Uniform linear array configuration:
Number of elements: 48
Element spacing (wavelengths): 1
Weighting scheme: binomial
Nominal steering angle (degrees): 30
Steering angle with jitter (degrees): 31.059
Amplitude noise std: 0.05
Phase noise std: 0.05

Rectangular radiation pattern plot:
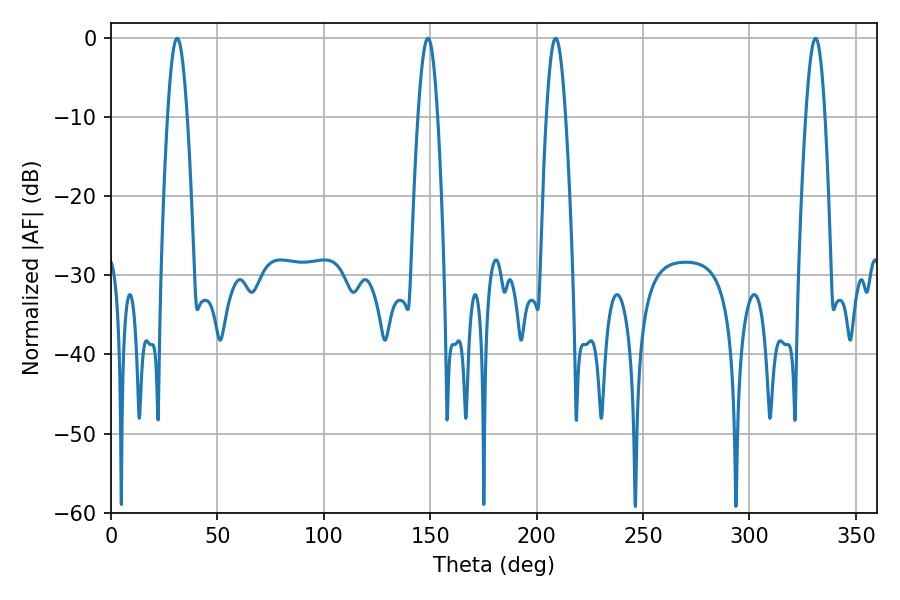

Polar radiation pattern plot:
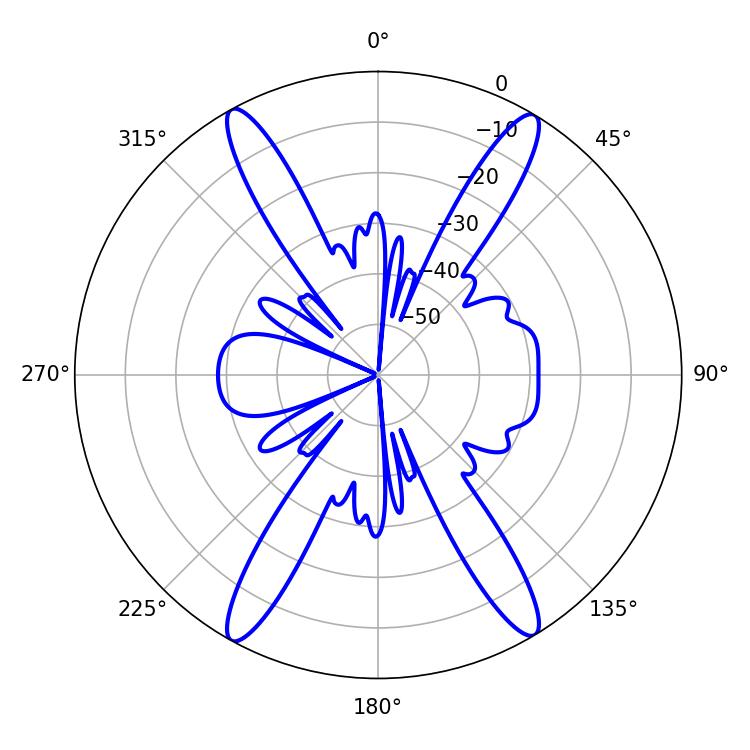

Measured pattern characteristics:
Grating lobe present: TRUE
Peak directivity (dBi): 23.683
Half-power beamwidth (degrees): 4.86
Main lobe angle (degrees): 208.98